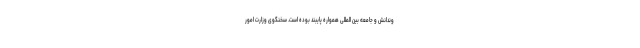
وندانش و جامعه بین المللی همواره پایبند بوده است. سخنگوی وزارت امور